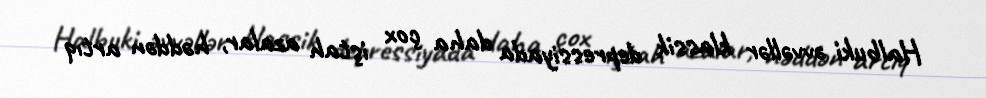
Halbuki əvvəllər klassik depressiyada daha çox iştah azalar, həddən artıq